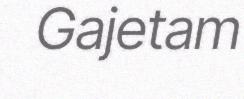
Gajetam